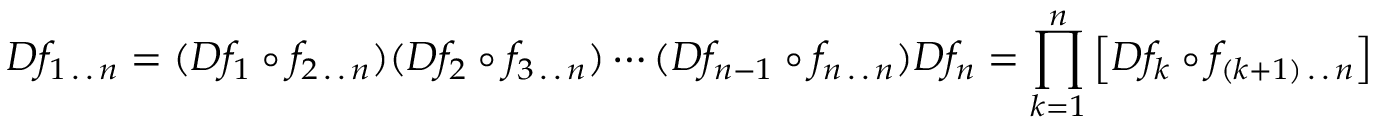
D f _ { 1 \, . \, . \, n } = ( D f _ { 1 } \circ f _ { 2 \, . \, . \, n } ) ( D f _ { 2 } \circ f _ { 3 \, . \, . \, n } ) \cdots ( D f _ { n - 1 } \circ f _ { n \, . \, . \, n } ) D f _ { n } = \prod _ { k = 1 } ^ { n } \left[ D f _ { k } \circ f _ { ( k + 1 ) \, . \, . \, n } \right]